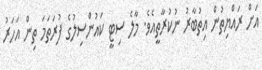
އަށް ރައްޔިތުން އިތުބާރު ނުކުރާތީއެވެ. މާލެ ސިޓީ ކައުންސިލުގެ ފުރަތަމަ ތިން އަހަރު